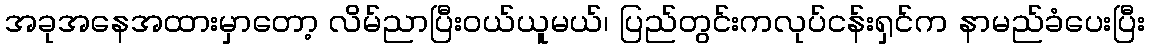
အခုအနေအထားမှာတော့ လိမ်ညာပြီးဝယ်ယူမယ်၊ ပြည်တွင်းကလုပ်ငန်းရှင်က နာမည်ခံပေးပြီး